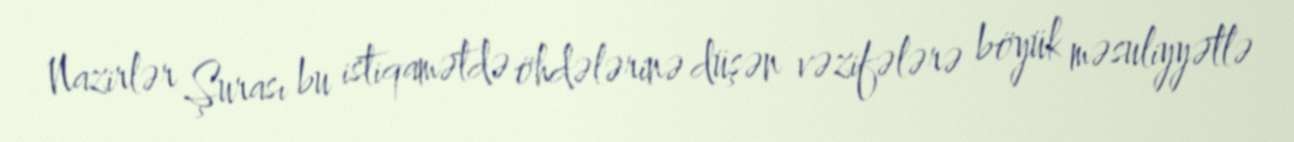
Nazirlər Şurası bu istiqamətdə öhdələrinə düşən vəzifələrə böyük məsuliyyətlə